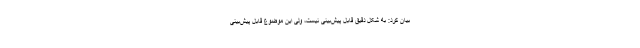
بیان کرد: به شکل دقیق قابل پیش‌بینی نیست، ولی این موضوع قابل پیش‌بینی